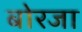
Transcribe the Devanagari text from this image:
बोरजा